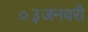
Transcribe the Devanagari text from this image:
०३जनवरी